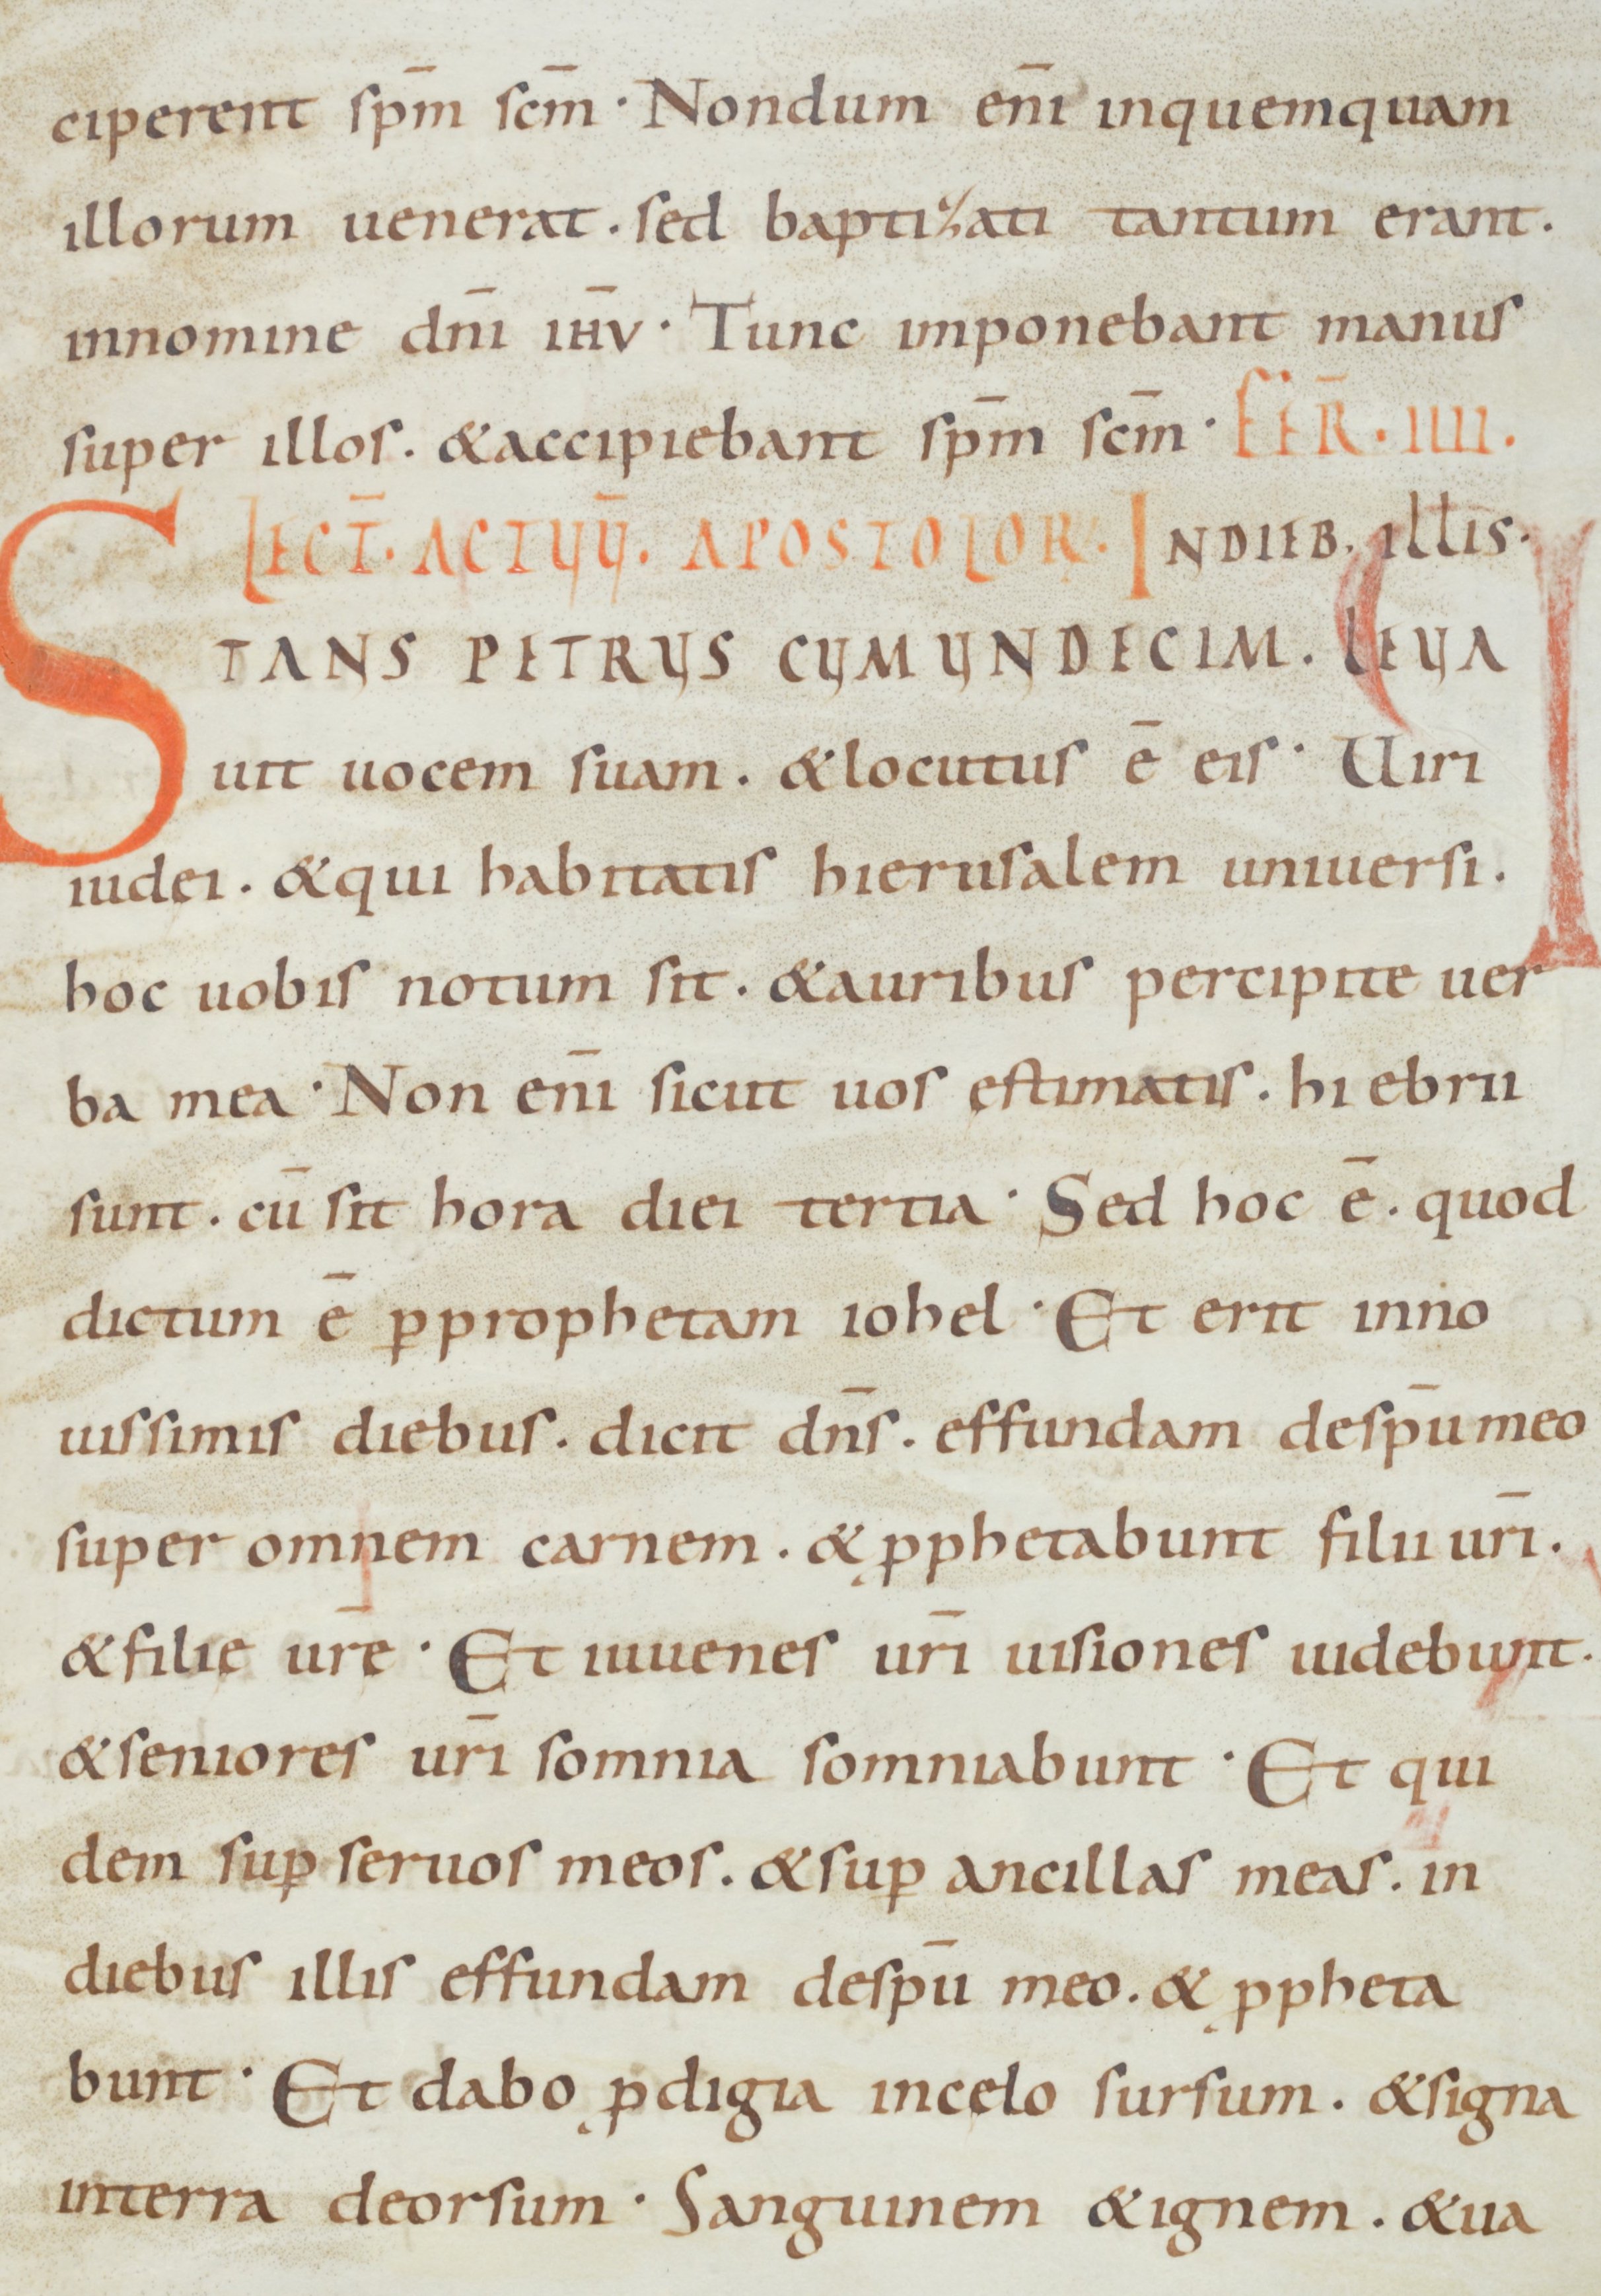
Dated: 900–949